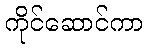
ကိုင်ဆောင်ကာ